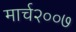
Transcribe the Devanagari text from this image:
मार्च२००७